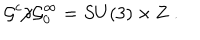
{ \cal G } ^ { c } / { \cal G } _ { 0 } ^ { \infty } = S U ( 3 ) \times { \bf Z \ } .